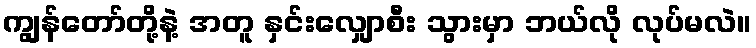
ကျွန်တော်တို့နဲ့ အတူ နှင်းလျှောစီး သွားမှာ ဘယ်လို လုပ်မလဲ။